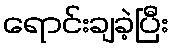
ရောင်းချခဲ့ပြီး